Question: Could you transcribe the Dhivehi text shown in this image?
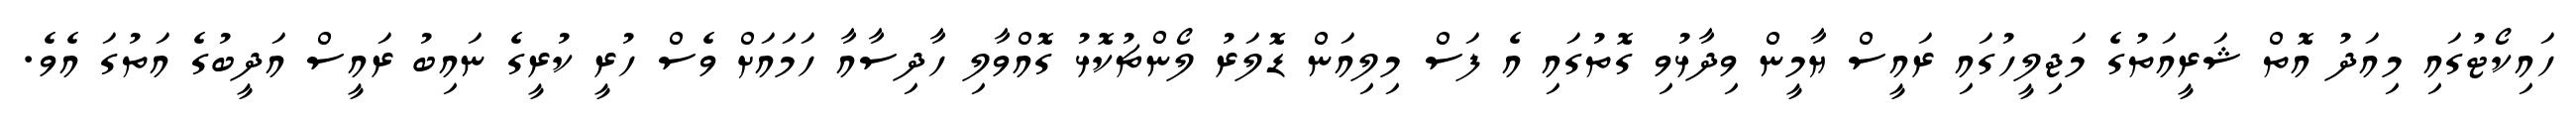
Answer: ހައިކޯޓުގައި މިއަދު އޮތް ޝަރީއަތުގެ މަޖިލީހުގައި ރައީސް ޔާމީން ވިދާޅުވި ގޮތުގައި އެ ފަސް މިލިއަން ޑޮލަރު ލޯންޗުކޮޅު ގޮއްވާލި ހާދިސާއާ ހަމައަށް ވެސް ހުރީ ކުރީގެ ނައިބު ރައީސް އަދީބުގެ އަތުގަ އެވެ.